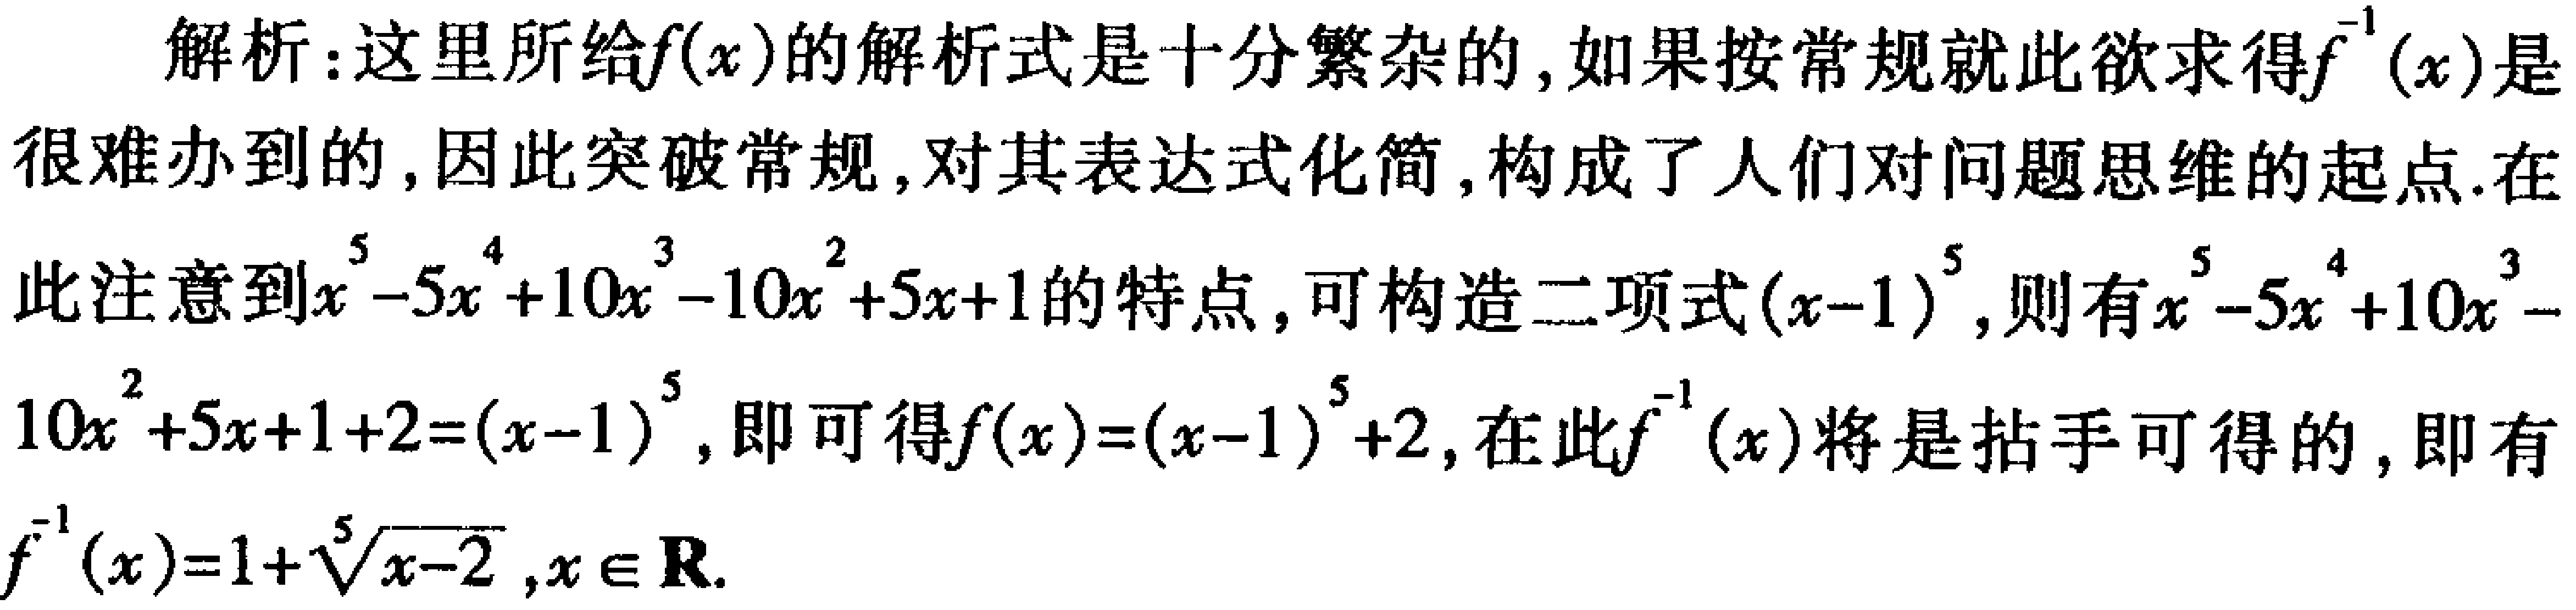
解析：这里所给\(f(x)\)的解析式是十分繁杂的，如果按常规就此欲求得\(f^{-1}(x)\)是很难办到的,因此突破常规,对其表达式化简,构成了人们对问题思维的起点.在此注意到\(x^{5}-5x^{4}+10x^{3}-10x^{2}+5x + 1\)的特点，可构造二项式\((x - 1)^{5}\)，则有\(x^{5}-5x^{4}+10x^{3}-10x^{2}+5x + 1+2=(x - 1)^{5}\)，即可得\(f(x)=(x - 1)^{5}+2\)，在此\(f^{-1}(x)\)将是拈手可得的，即有\(f^{-1}(x)=1+\sqrt[5]{x - 2},x\in \mathbf{R}\).